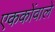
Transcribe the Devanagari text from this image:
एककोंवाले